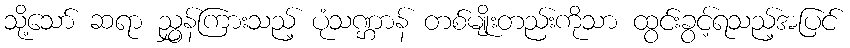
သို့သော် ဆရာ ညွှန်ကြားသည့် ပုံသဏ္ဌာန် တစ်မျိုးတည်းကိုသာ ထွင်းခွင့်ရသည့်အပြင်